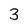
Character: 3